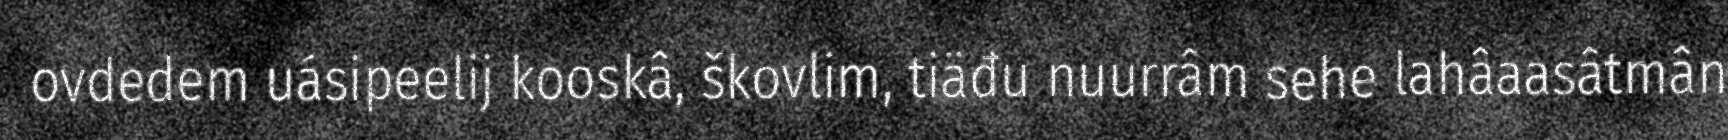
ovdedem uásipeelij kooskâ, škovlim, tiäđu nuurrâm sehe lahâaasâtmân